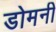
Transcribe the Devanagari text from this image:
डोमनी